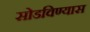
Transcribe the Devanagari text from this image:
सोडविण्यास